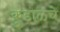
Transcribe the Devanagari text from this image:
कुडाळचे